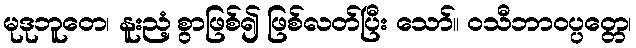
မုဒုဘူတေ၊ နူးညံ့စွာဖြစ်၍ ဖြစ်လတ်ပြီး သော်။ ဝသီဘာဝပ္ပတ္တေ၊